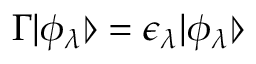
\Gamma | \phi _ { \lambda } \rrangle = \epsilon _ { \lambda } | \phi _ { \lambda } \rrangle